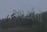
આટાનો